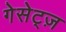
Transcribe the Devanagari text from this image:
गेसेट्ज़